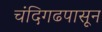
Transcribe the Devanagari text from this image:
चंदिगढपासून